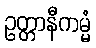
ဥတ္တာနီကမ္မံ